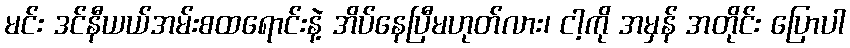
မင်း ဒင်နီယယ်အမ်းစထရောင်းနဲ့ အိပ်နေပြီမဟုတ်လား၊ ငါ့ကို အမှန် အတိုင်း ပြောပါ